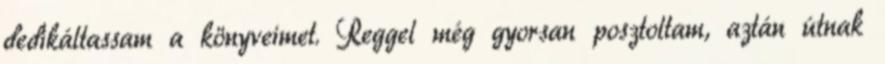
dedikáltassam a könyveimet. Reggel még gyorsan posztoltam, aztán útnak